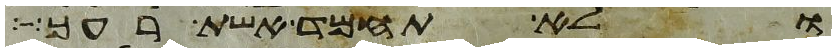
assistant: ולא תחמד אשת רעך